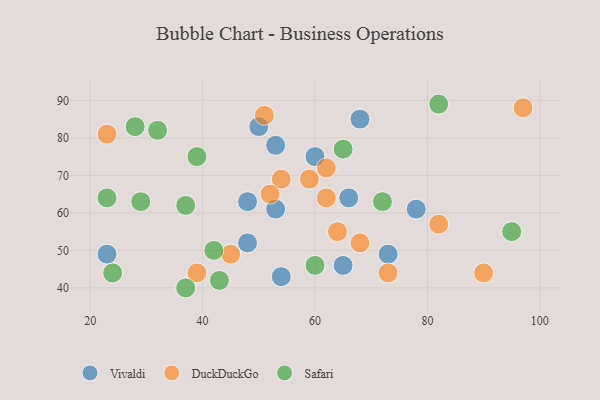
{"axis": {"x": "GDP", "y": "Life Expectancy"}, "legend": ["DuckDuckGo", "Safari", "Vivaldi"], "data": [{"x": "53", "y": 61, "type": "Vivaldi"}, {"x": "60", "y": 75, "type": "Vivaldi"}, {"x": "23", "y": 49, "type": "Vivaldi"}, {"x": "78", "y": 61, "type": "Vivaldi"}, {"x": "48", "y": 52, "type": "Vivaldi"}, {"x": "68", "y": 85, "type": "Vivaldi"}, {"x": "50", "y": 83, "type": "Vivaldi"}, {"x": "54", "y": 43, "type": "Vivaldi"}, {"x": "66", "y": 64, "type": "Vivaldi"}, {"x": "48", "y": 63, "type": "Vivaldi"}, {"x": "73", "y": 49, "type": "Vivaldi"}, {"x": "65", "y": 46, "type": "Vivaldi"}, {"x": "53", "y": 78, "type": "Vivaldi"}, {"x": "54", "y": 69, "type": "DuckDuckGo"}, {"x": "97", "y": 88, "type": "DuckDuckGo"}, {"x": "39", "y": 44, "type": "DuckDuckGo"}, {"x": "64", "y": 55, "type": "DuckDuckGo"}, {"x": "45", "y": 49, "type": "DuckDuckGo"}, {"x": "52", "y": 65, "type": "DuckDuckGo"}, {"x": "59", "y": 69, "type": "DuckDuckGo"}, {"x": "23", "y": 81, "type": "DuckDuckGo"}, {"x": "90", "y": 44, "type": "DuckDuckGo"}, {"x": "51", "y": 86, "type": "DuckDuckGo"}, {"x": "68", "y": 52, "type": "DuckDuckGo"}, {"x": "82", "y": 57, "type": "DuckDuckGo"}, {"x": "73", "y": 44, "type": "DuckDuckGo"}, {"x": "62", "y": 72, "type": "DuckDuckGo"}, {"x": "62", "y": 64, "type": "DuckDuckGo"}, {"x": "28", "y": 83, "type": "Safari"}, {"x": "37", "y": 40, "type": "Safari"}, {"x": "95", "y": 55, "type": "Safari"}, {"x": "42", "y": 50, "type": "Safari"}, {"x": "32", "y": 82, "type": "Safari"}, {"x": "60", "y": 46, "type": "Safari"}, {"x": "65", "y": 77, "type": "Safari"}, {"x": "23", "y": 64, "type": "Safari"}, {"x": "29", "y": 63, "type": "Safari"}, {"x": "82", "y": 89, "type": "Safari"}, {"x": "37", "y": 62, "type": "Safari"}, {"x": "39", "y": 75, "type": "Safari"}, {"x": "43", "y": 42, "type": "Safari"}, {"x": "72", "y": 63, "type": "Safari"}, {"x": "24", "y": 44, "type": "Safari"}]}